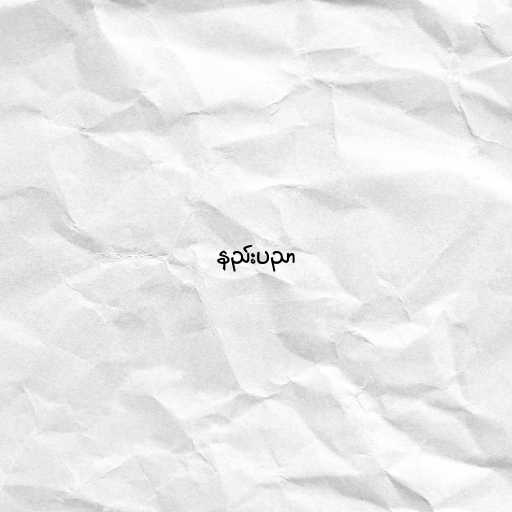
နည်းပညာ